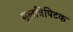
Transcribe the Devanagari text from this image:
मूलत्रिपिटक